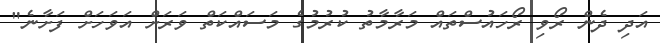
އަދި ދެން ރޯވި ރޯހައުސްތައް މަރާމާތު ކުރުމުގެ މަސައްކަތް ވަރަށް އަވަހަށް ފަށާނެ"